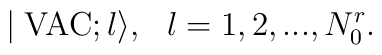
\mid \mbox{VAC};l\rangle ,\,\,\,\,l=1,2,...,N_0^r.